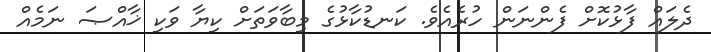
ދެލައް ފާޅުކޮށް ފެންނަން ހުރެއެވެ. ކަނޑުކާޅުގެ މިބާވަތަށް ކިޔާ ވަކި ޚާއްޞަ ނަމެއް